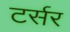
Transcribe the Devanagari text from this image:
टर्सर